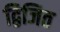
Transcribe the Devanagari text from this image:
द्विजित